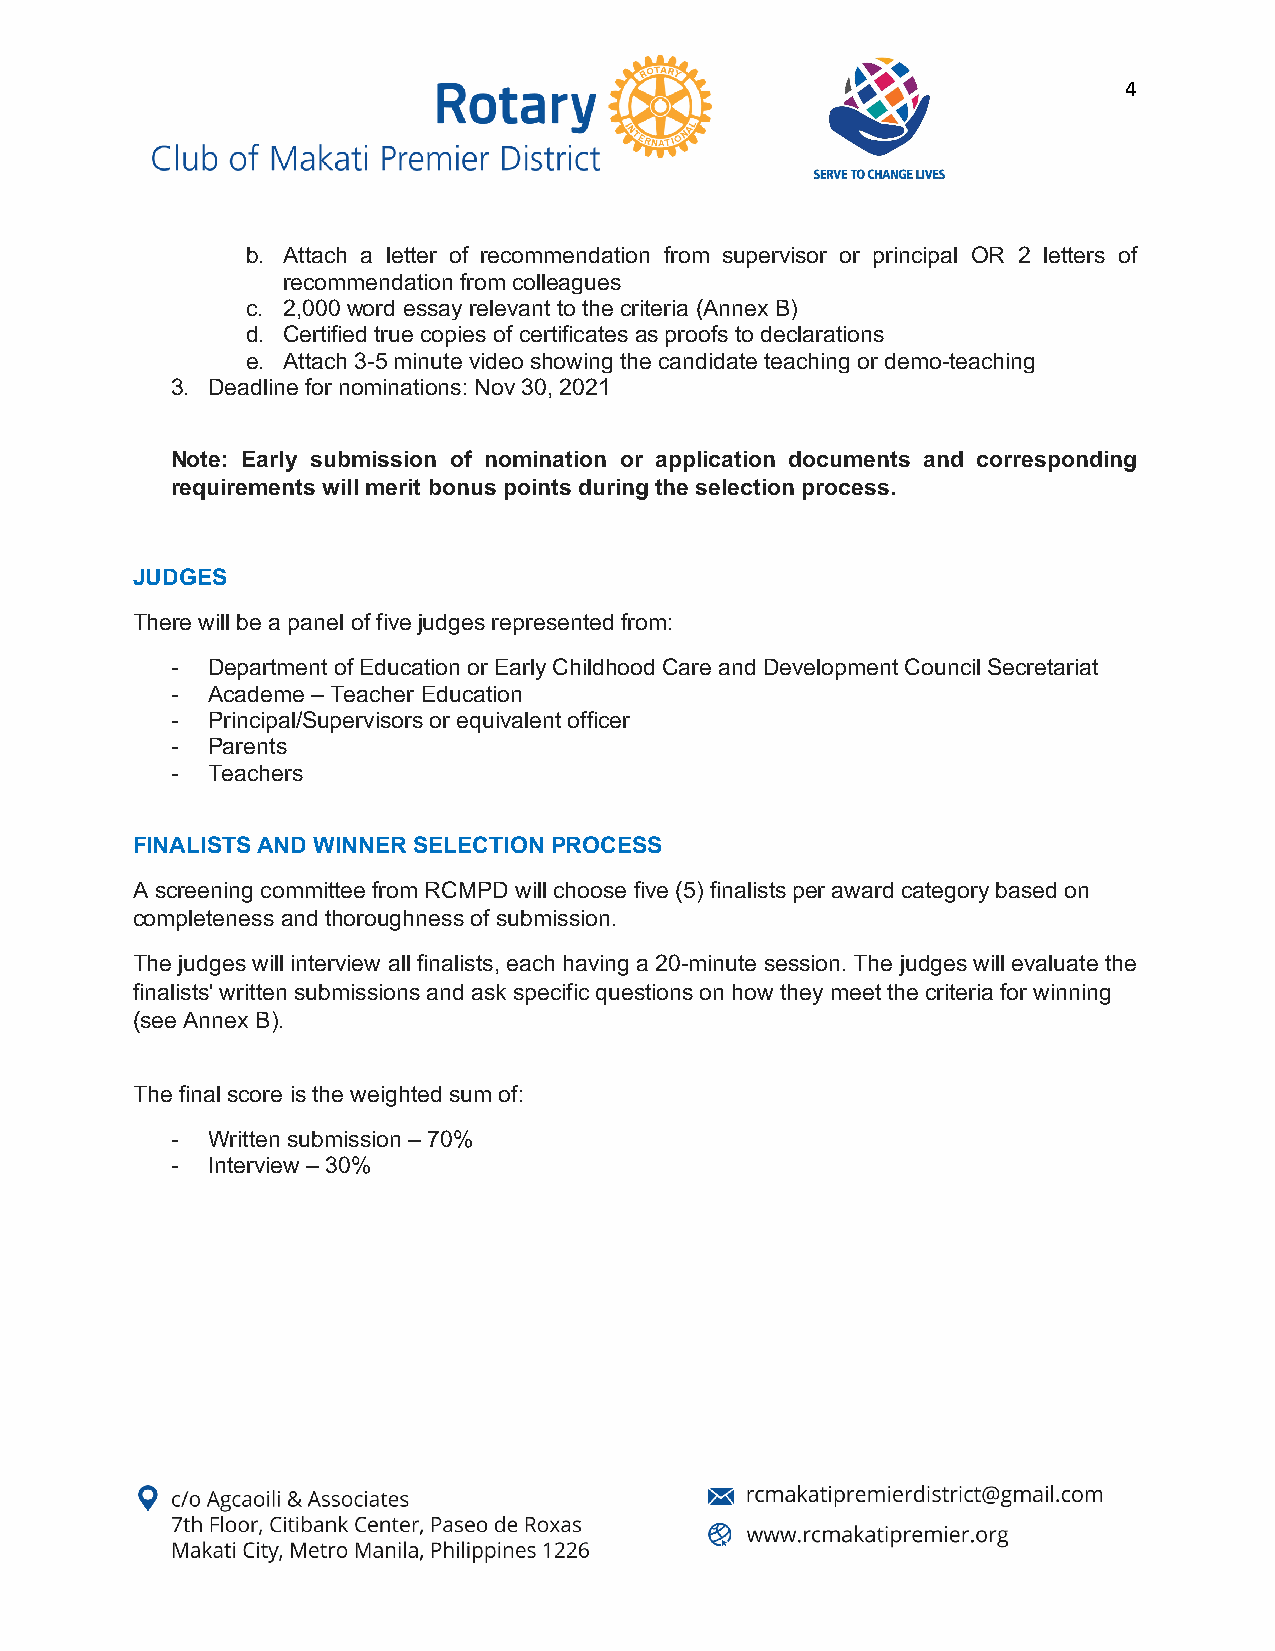
4
 b. Attach a letter of recommendation from supervisor or principal OR 2 letters of
 recommendation from colleagues
 c. 2,000 word essay relevant to the criteria (Annex B)
 d. Certified true copies of certificates as proofs to declarations
 e. Attach 3-5 minute video showing the candidate teaching or demo-teaching
 3. Deadline for nominations: Nov 30, 2021
 Note: Early submission of nomination or application documents and corresponding
 requirements will merit bonus points during the selection process.
 JUDGES
 There will be a panel of five judges represented from:
 -  Department of Education or Early Childhood Care and Development Council Secretariat
 -  Academe – Teacher Education
 -  Principal/Supervisors or equivalent officer
 -  Parents
 -  Teachers
 FINALISTS AND WINNER SELECTION PROCESS
 A screening committee from RCMPD will choose five (5) finalists per award category based on
 completeness and thoroughness of submission.
 The judges will interview all finalists, each having a 20-minute session. The judges will evaluate the
 finalists' written submissions and ask specific questions on how they meet the criteria for winning
 (see Annex B).
 The final score is the weighted sum of:
 -  Written submission – 70%
 -  Interview – 30%